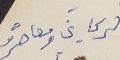
الريحاني ومعاصرُه